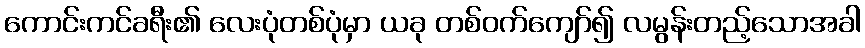
ကောင်းကင်ခရီး၏ လေးပုံတစ်ပုံမှာ ယခု တစ်ဝက်ကျော်၍ လမွန်းတည့်သောအခါ